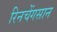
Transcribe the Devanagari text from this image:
रिनचेंगसान